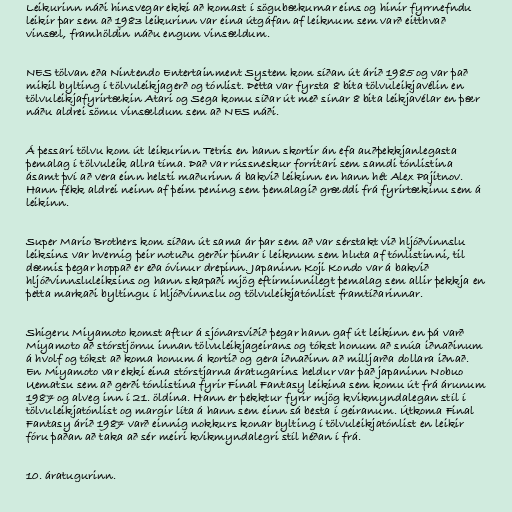
Leikurinn náði hinsvegar ekki að komast í sögubækurnar eins og hinir fyrrnefndu
leikir þar sem að 1983 leikurinn var eina útgáfan af leiknum sem varð eitthvað
vinsæl, framhöldin náðu engum vinsældum.

NES tölvan eða Nintendo Entertainment System kom síðan út árið 1985 og var það
mikil bylting í tölvuleikjagerð og tónlist. Þetta var fyrsta 8 bita tölvuleikjavélin en
tölvuleikjafyrirtækin Atari og Sega komu síðar út með sínar 8 bita leikjavélar en þær
náðu aldrei sömu vinsældum sem að NES náði.

Á þessari tölvu kom út leikurinn Tetris en hann skortir án efa auðþekkjanlegasta
þemalag í tölvuleik allra tíma. Það var rússneskur forritari sem samdi tónlistina
ásamt því að vera einn helsti maðurinn á bakvið leikinn en hann hét Alex Pajitnov.
Hann fékk aldrei neinn af þeim pening sem þemalagið græddi frá fyrirtækinu sem á
leikinn.

Super Mario Brothers kom síðan út sama ár þar sem að var sérstakt við hljóðvinnslu
leiksins var hvernig þeir notuðu gerðir þínar í leiknum sem hluta af tónlistinni, til
dæmis þegar hoppað er eða óvinur drepinn. Japaninn Koji Kondo var á bakvið
hljóðvinnsluleiksins og hann skapaði mjög eftirminnilegt þemalag sem allir þekkja en
þetta markaði byltingu í hljóðvinnslu og tölvuleikjatónlist framtíðarinnar.

Shigeru Miyamoto komst aftur á sjónarsviðið þegar hann gaf út leikinn en þá varð
Miyamoto að stórstjörnu innan tölvuleikjageirans og tókst honum að snúa iðnaðinum
á hvolf og tókst að koma honum á kortið og gera iðnaðinn að milljarða dollara iðnað.
En Miyamoto var ekki eina stórstjarna áratugarins heldur var það japaninn Nobuo
Uematsu sem að gerði tónlistina fyrir Final Fantasy leikina sem komu út frá árunum
1987 og alveg inn í 21. öldina. Hann er þekktur fyrir mjög kvikmyndalegan stíl í
tölvuleikjatónlist og margir líta á hann sem einn sá besta í geiranum. Útkoma Final
Fantasy árið 1987 varð einnig nokkurs konar bylting í tölvuleikjatónlist en leikir
fóru þaðan að taka að sér meiri kvikmyndalegri stíl héðan í frá.

10. áratugurinn.